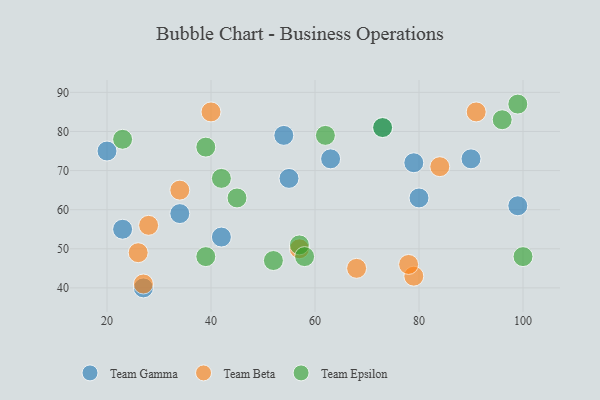
{"axis": {"x": "GDP", "y": "Life Expectancy"}, "legend": ["Team Beta", "Team Epsilon", "Team Gamma"], "data": [{"x": "63", "y": 73, "type": "Team Gamma"}, {"x": "23", "y": 55, "type": "Team Gamma"}, {"x": "27", "y": 40, "type": "Team Gamma"}, {"x": "73", "y": 81, "type": "Team Gamma"}, {"x": "54", "y": 79, "type": "Team Gamma"}, {"x": "34", "y": 59, "type": "Team Gamma"}, {"x": "79", "y": 72, "type": "Team Gamma"}, {"x": "55", "y": 68, "type": "Team Gamma"}, {"x": "90", "y": 73, "type": "Team Gamma"}, {"x": "20", "y": 75, "type": "Team Gamma"}, {"x": "99", "y": 61, "type": "Team Gamma"}, {"x": "80", "y": 63, "type": "Team Gamma"}, {"x": "42", "y": 53, "type": "Team Gamma"}, {"x": "79", "y": 43, "type": "Team Beta"}, {"x": "91", "y": 85, "type": "Team Beta"}, {"x": "27", "y": 41, "type": "Team Beta"}, {"x": "28", "y": 56, "type": "Team Beta"}, {"x": "26", "y": 49, "type": "Team Beta"}, {"x": "40", "y": 85, "type": "Team Beta"}, {"x": "57", "y": 50, "type": "Team Beta"}, {"x": "78", "y": 46, "type": "Team Beta"}, {"x": "68", "y": 45, "type": "Team Beta"}, {"x": "84", "y": 71, "type": "Team Beta"}, {"x": "34", "y": 65, "type": "Team Beta"}, {"x": "57", "y": 51, "type": "Team Epsilon"}, {"x": "52", "y": 47, "type": "Team Epsilon"}, {"x": "58", "y": 48, "type": "Team Epsilon"}, {"x": "42", "y": 68, "type": "Team Epsilon"}, {"x": "23", "y": 78, "type": "Team Epsilon"}, {"x": "73", "y": 81, "type": "Team Epsilon"}, {"x": "100", "y": 48, "type": "Team Epsilon"}, {"x": "99", "y": 87, "type": "Team Epsilon"}, {"x": "62", "y": 79, "type": "Team Epsilon"}, {"x": "96", "y": 83, "type": "Team Epsilon"}, {"x": "39", "y": 48, "type": "Team Epsilon"}, {"x": "39", "y": 76, "type": "Team Epsilon"}, {"x": "45", "y": 63, "type": "Team Epsilon"}]}